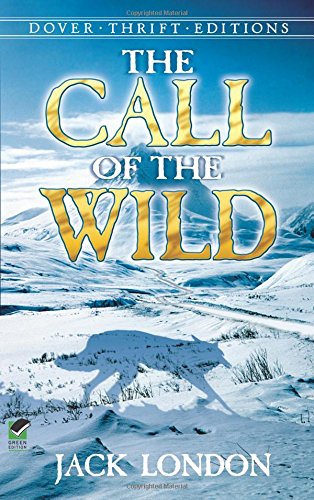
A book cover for The Call of the Wild; Jack London; Teen & Young Adult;